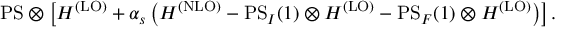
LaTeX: \mathrm { { P S } } \otimes \left[ H ^ { \mathrm { ( L O ) } } + \alpha _ { s } \left( H ^ { \mathrm { { ( N L O ) } } } - { \mathrm { P S } } _ { I } ( 1 ) \otimes H ^ { \mathrm { ( L O ) } } - { \mathrm { P S } } _ { F } ( 1 ) \otimes H ^ { \mathrm { ( L O ) } } \right) \right] .